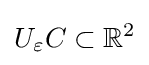
U_{\varepsilon }C\subset \mathbb {R} ^{2}